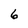
Character: 6